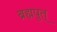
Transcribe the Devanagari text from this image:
ब्रह्मपुत्